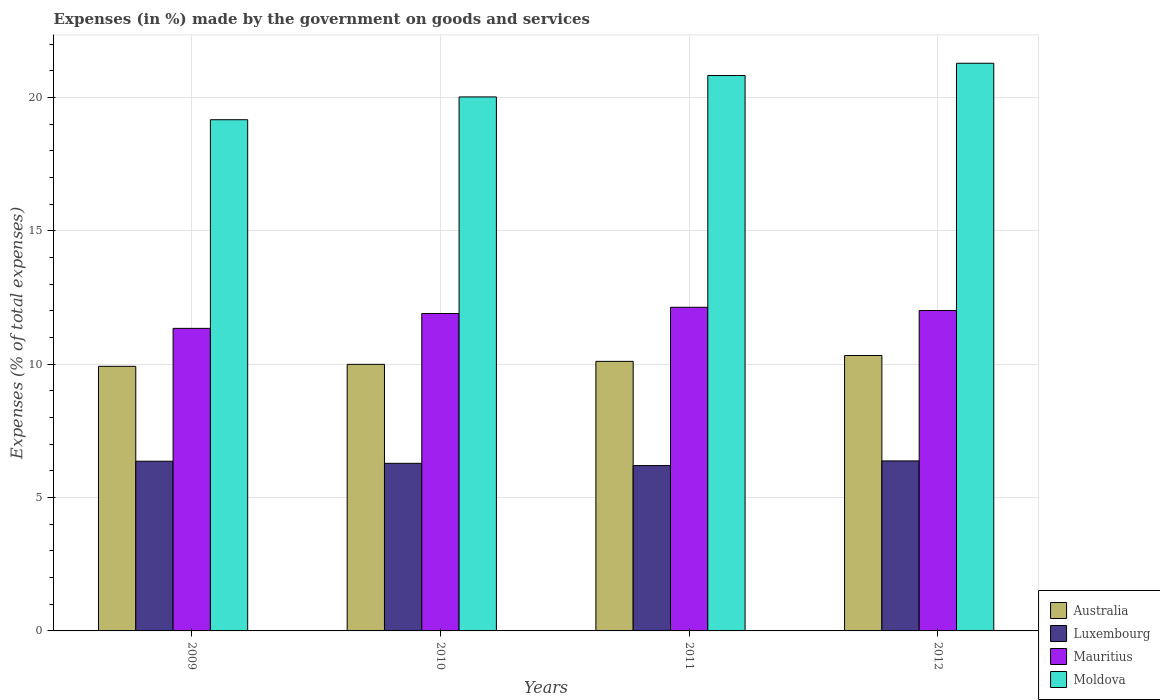
| Years | Australia | Luxembourg | Mauritius | Moldova |
 | --- | --- | --- | --- | --- |
 | 2009 | 9.92 | 6.36 | 11.3 | 19.2 |
 | 2010 | 9.99 | 6.28 | 11.9 | 20 |
 | 2011 | 10.1 | 6.2 | 12.1 | 20.8 |
 | 2012 | 10.3 | 6.37 | 12 | 21.3 |